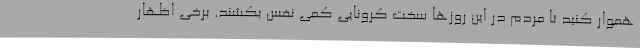
هموار کنید تا مردم در این روزها سخت کرونایی کمی نفس بکشند. برخی اظهار